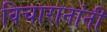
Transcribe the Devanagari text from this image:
विचारानांनी